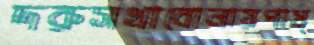
দরুসখাবোলায়পাম্